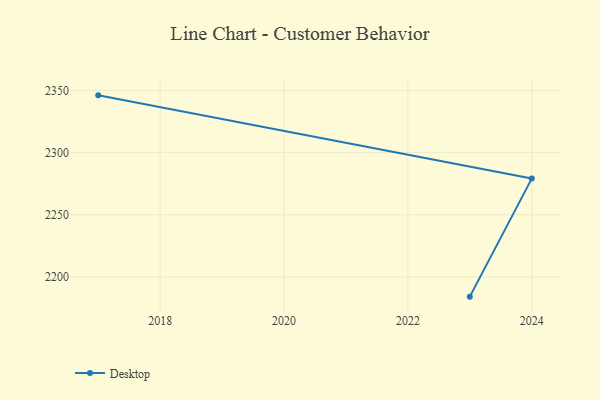
{"axis": {"x": "Year", "y": "Budget (USD K)"}, "legend": ["Desktop"], "data": [{"x": "2017", "y": 2346.1, "type": "Desktop"}, {"x": "2024", "y": 2279.1, "type": "Desktop"}, {"x": "2023", "y": 2184.1, "type": "Desktop"}]}